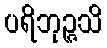
ပရိဘုဉ္ဇသိ